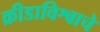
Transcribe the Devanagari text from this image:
क्रीडाविश्वाचे